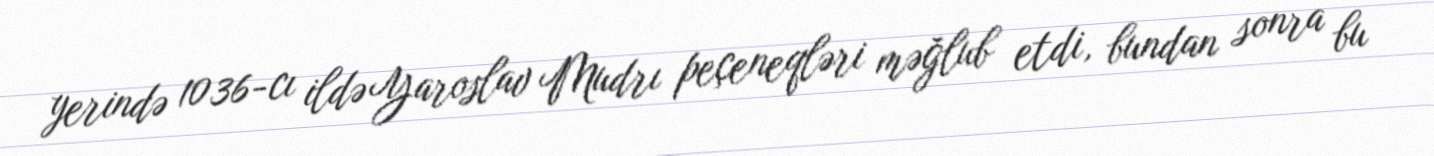
yerində 1036-cı ildə Yaroslav Mudrı peçeneqləri məğlub etdi, bundan sonra bu